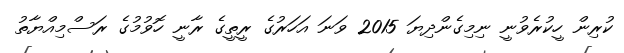
ކުރިން ހީކުރެވުނީ ނިމިގެންދިޔަ 2015 ވަނަ އަހަރުގެ ރީތީގެ ރާނީ ހޮވުމުގެ ރަސްމިއްޔާތު